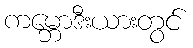
ကမ္ဘောဒီးယားတွင်